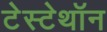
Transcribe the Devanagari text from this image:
टेस्टेथॉन